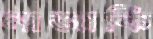
নাজাকি